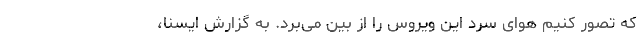
که تصور کنیم هوای سرد این ویروس را از بین می‌برد. به گزارش ایسنا،